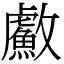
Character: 䱷